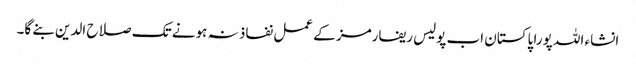
انشاء اللہ پورا پاکستان اب پولیس ریفارمز کے عمل نفاذ نہ ہونے تک صلاح الدین بنے گا۔